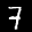
Label: 7